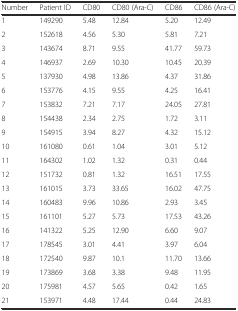
| Number | Patient ID | CD80 | CD80 (Ara-C) | CD86 | CD86 (Ara-C) |
 | --- | --- | --- | --- | --- | --- |
 | 1 | 149290 | 5.48 | 12.84 | 5.20 | 12.49 |
 | 2 | 152618 | 4.56 | 5.30 | 5.81 | 7.21 |
 | 3 | 143674 | 8.71 | 9.55 | 41.77 | 59.73 |
 | 4 | 146937 | 2.69 | 10.30 | 10.45 | 20.39 |
 | 5 | 137930 | 4.98 | 13.86 | 4.37 | 31.86 |
 | 6 | 153776 | 4.15 | 9.55 | 4.25 | 16.41 |
 | 7 | 153832 | 7.21 | 7.17 | 24.05 | 27.81 |
 | 8 | 154438 | 2.34 | 2.75 | 1.72 | 3.11 |
 | 9 | 154915 | 3.94 | 8.27 | 4.32 | 15.12 |
 | 10 | 161080 | 0.61 | 1.04 | 3.01 | 5.12 |
 | 11 | 164302 | 1.02 | 1.32 | 0.31 | 0.44 |
 | 12 | 151732 | 0.81 | 1.32 | 16.51 | 17.55 |
 | 13 | 161015 | 3.73 | 33.65 | 16.02 | 47.75 |
 | 14 | 160483 | 9.96 | 10.86 | 2.93 | 3.45 |
 | 15 | 161101 | 5.27 | 5.73 | 17.53 | 43.26 |
 | 16 | 141322 | 5.25 | 12.90 | 6.60 | 9.07 |
 | 17 | 178545 | 3.01 | 4.41 | 3.97 | 6.04 |
 | 18 | 172540 | 9.87 | 10.1 | 11.70 | 13.66 |
 | 19 | 173869 | 3.68 | 3.38 | 9.48 | 11.95 |
 | 20 | 175981 | 4.57 | 5.65 | 0.42 | 1.65 |
 | 21 | 153971 | 4.48 | 17.44 | 0.44 | 24.83 |